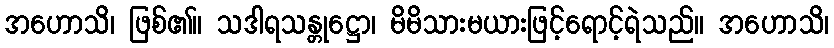
အဟောသိ၊ ဖြစ်၏။ သဒါရသန္တုဋ္ဌော၊ မိမိသားမယားဖြင့်ရောင့်ရဲသည်။ အဟောသိ၊